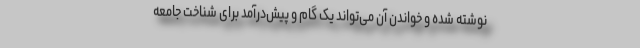
نوشته شده و خواندن آن می‌تواند یک گام و پیش‌درآمد برای شناخت جامعه